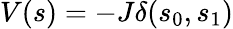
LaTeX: V(s)=-J\delta(s_{0},s_{1})